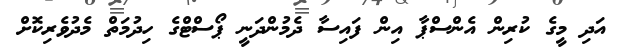
އަދި މީގެ ކުރިން އެންސްޕާ އިން ފައިސާ ދެމުންދަނީ ޕޯސްޓްގެ ހިދުމަތް މެދުވެރިކޮށް